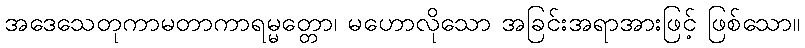
အဒေသေတုကာမတာကာရမ္မတ္တော၊ မဟောလိုသော အခြင်းအရာအားဖြင့် ဖြစ်သော။